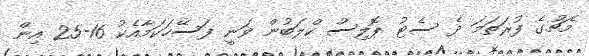
މެޗުގެ ފުރަތަމަ ދެ ސެޓު ޕޮލިސް ކްލަބުން ވަނީ ފަސޭހަކަމާއެކު 16-25 އިން